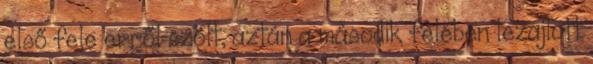
első fele erről szólt, aztán a második felében lezajlott